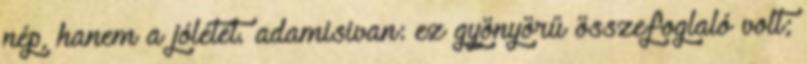
nép, hanem a jólétet. adamisivan: ez gyönyörű összefoglaló volt;